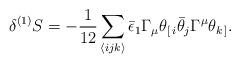
LaTeX: \begin{align*}\delta^{(1)} S = - \frac{1}{12} \sum_{\langle ijk \rangle} \bar{\epsilon}_1 \Gamma_{\mu} \theta_{[ \, i} \bar{\theta}_j \Gamma^{\mu} \theta_{k \, ]}. \\\end{align*}